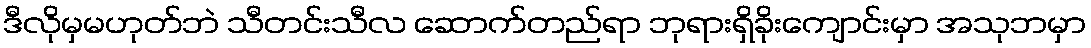
ဒီလိုမှမဟုတ်ဘဲ သီတင်းသီလ ဆောက်တည်ရာ ဘုရားရှိခိုးကျောင်းမှာ အသုဘမှာ